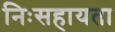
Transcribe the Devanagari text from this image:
निःसहायता